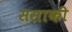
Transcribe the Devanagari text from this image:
ससाकी